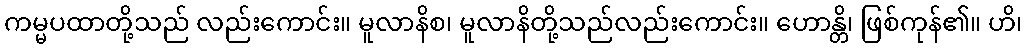
ကမ္မပထာတို့သည် လည်းကောင်း။ မူလာနိစ၊ မူလာနိတို့သည်လည်းကောင်း။ ဟောန္တိ၊ ဖြစ်ကုန်၏။ ဟိ၊